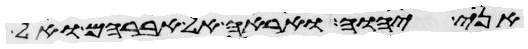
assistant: אני יהוה ואראה אל אברהם ואל